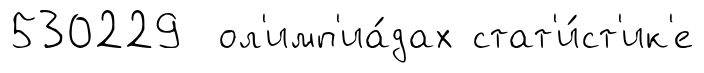
530229 ол'имп'иа́дах стат'и́ст'ик'е